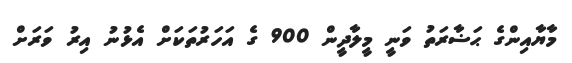
މާޔާއިންގެ ޙަޟާރަތު ވަނީ މީލާދީން 900 ގެ އަހަރުތަކަށް އެޅުނު އިރު ވަރަށް